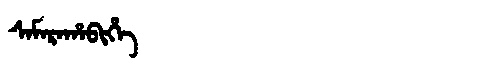
Manchu: ᠰᠠᠮᠠᡵᠠᡥᠠᠪᡳᡥᡝ
Romanization: SAMARAHABIHE